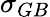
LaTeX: \sigma_{GB}